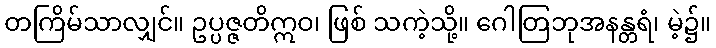
တကြိမ်သာလျှင်။ ဥပ္ပဇ္ဇတိဣဝ၊ ဖြစ် သကဲ့သို့။ ဂေါတြဘုအနန္တရံ၊ မဲ့၌။